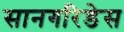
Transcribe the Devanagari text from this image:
सानगरिडेस